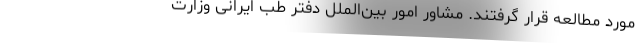
مورد مطالعه قرار گرفتند. مشاور امور بین‌الملل دفتر طب ایرانی وزارت